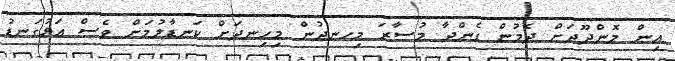
އިން މޮންދޫދަށް ދެމުން ގެންދާ މުސާރަ މިހނދުން މިހިނދަށް ކަނޑާލުމަށް ވެސް އަޅުގަނޑު